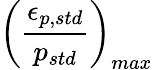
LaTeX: \displaystyle\left(\frac{\epsilon_{p,std}}{p_{std}}\right)_{max}